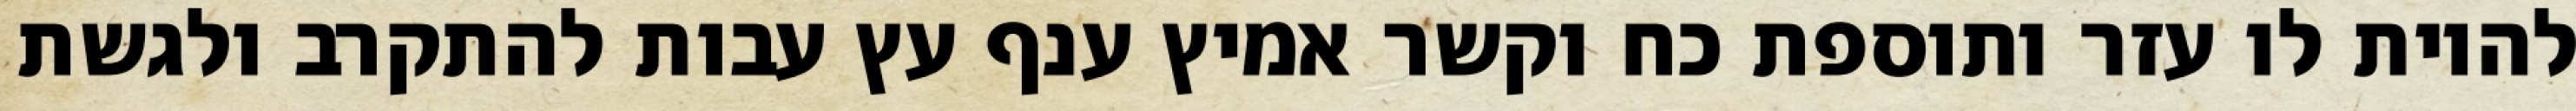
להיות לו עזר ותוספת כח וקשר אמיץ ענף עץ עבות להתקרב ולגשת